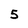
Character: 5